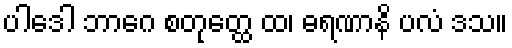
ပါဒေါ ဘာဂေ စတုတ္ထေ ထ၊ ဓရဏာနိ ပလံ ဒသ။